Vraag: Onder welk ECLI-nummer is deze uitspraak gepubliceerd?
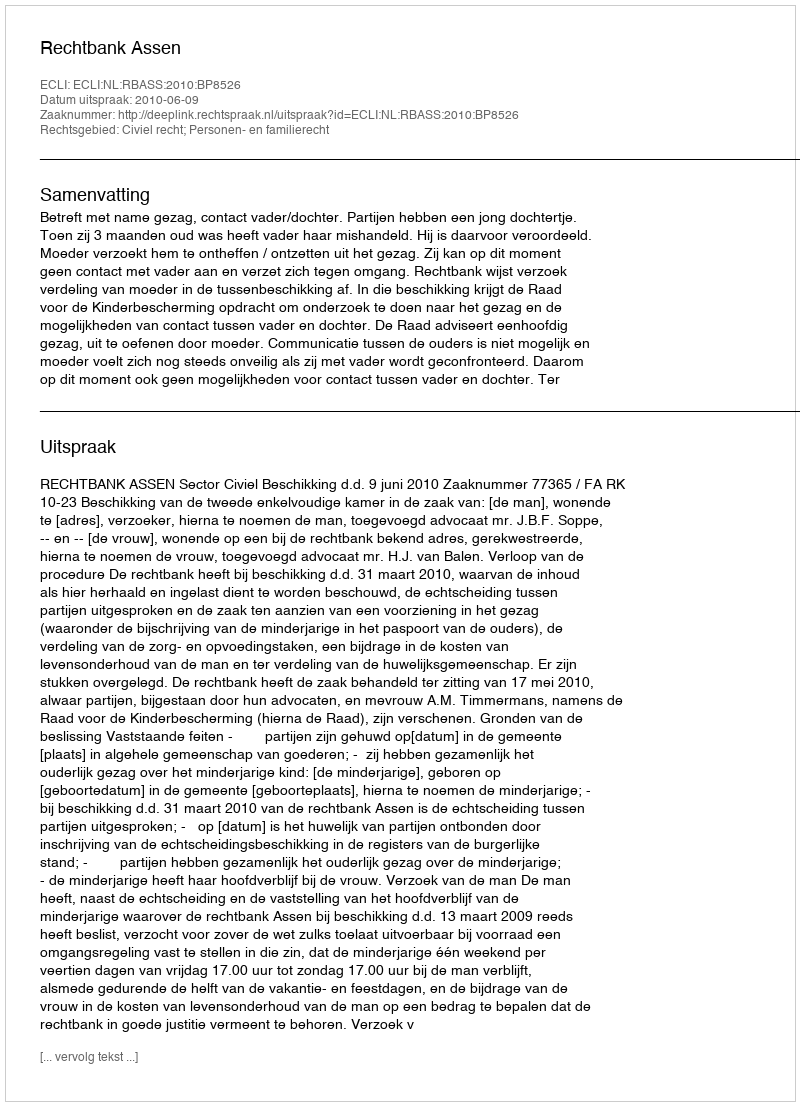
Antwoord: ECLI:NL:RBASS:2010:BP8526